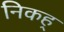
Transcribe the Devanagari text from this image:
निकह्